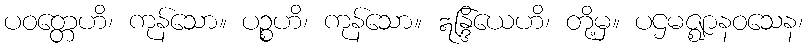
ပဝတ္တေဟိ၊ ကုန်သော။ ပဉ္စဟိ၊ ကုန်သော။ ဣန္ဒြိယေဟိ၊ တို့မှ။ ပဌမဇ္ဈာနဝသေန၊